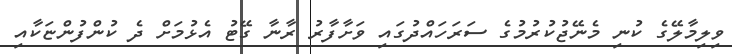
ވިލިމާލޭގެ ކުނި މެނޭޖުކުރުމުގެ ސަރަހައްދުގައި ވަށާފާރު ރާނާ ގޭޓު އެޅުމަށް ދެ ކުންފުންޏަކާއި